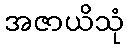
အဇာယိသုံ